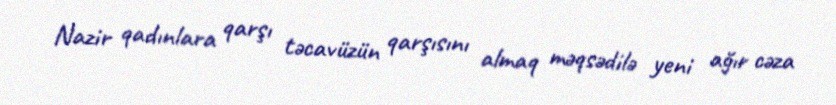
Nazir qadınlara qarşı təcavüzün qarşısını almaq məqsədilə yeni ağır cəza